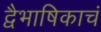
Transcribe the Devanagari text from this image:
द्वैभाषिकाचं